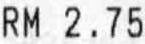
RM 2.75